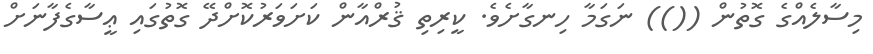
މިސާލެއްގެ ގޮތުން (()) ނަގަމާ ހިނގާށެވެ. ކީރިތި ޤުރްއާން ކަށަވަރުކޮށްދޭ ގޮތުގައި ޢީސާގެފާނަށް